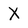
Character: X